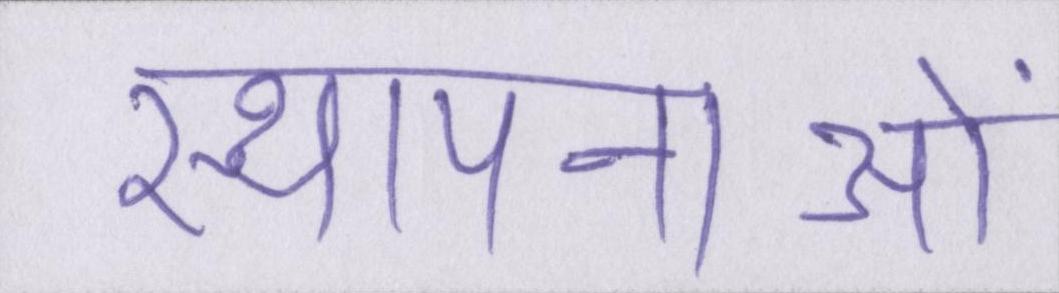
स्थापनाओं